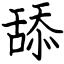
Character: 舔